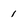
Character: 1